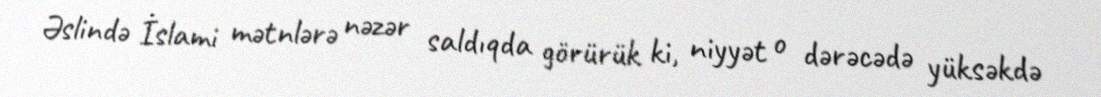
Əslində İslami mətnlərə nəzər saldıqda görürük ki, niyyət o dərəcədə yüksəkdə